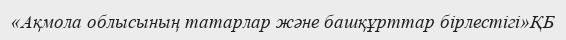
«Ақмола облысының татарлар және башқұрттар бірлестігі»ҚБ